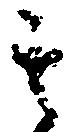
其